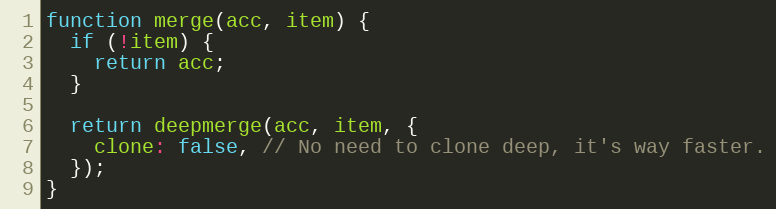
Language: JavaScript
function merge(acc, item) {
  if (!item) {
    return acc;
  }

  return deepmerge(acc, item, {
    clone: false, // No need to clone deep, it's way faster.
  });
}